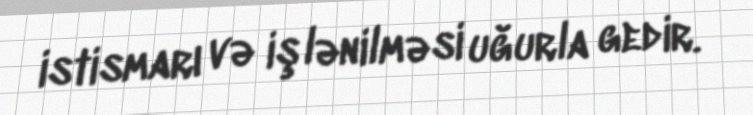
istismarı və işlənilməsi uğurla gedir.